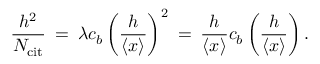
\frac { h ^ { 2 } } { N _ { \mathrm { c i t } } } \: = \: \lambda c _ { b } \left( \frac { h } { \left\langle { x } \right\rangle } \right) ^ { 2 } \: = \: \frac { h } { \left\langle { x } \right\rangle } c _ { b } \left( \frac { h } { \left\langle { x } \right\rangle } \right) .